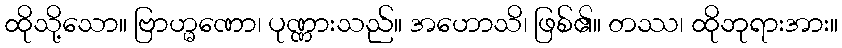
ထိုသို့သော။ ဗြာဟ္မဏော၊ ပုဏ္ဏားသည်။ အဟောသိ၊ ဖြစ်၏။ တဿ၊ ထိုဘုရားအား။